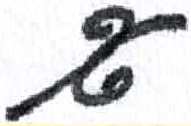
אות: א